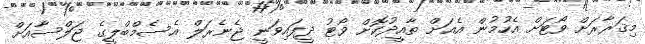
މިޤަރާރަށް ވޯޓަށް އެހުމުން އެއަށް ތާއީދުކޮށް ވޯޓު ދީފައިވަނީ ޖެނެރަލް އެސެމްބްލީގެ ޖަލްސާއަށް